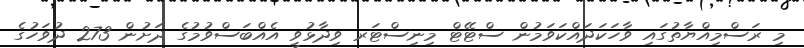
މި ރަސްމިއްޔާތުގައި ވާހަކަދައްކަވަމުން ސްޓޭޓް މިނިސްޓަރ ވިދާޅުވީ އެއްބަސްވުމުގެ ދަށުން 273 ދުވަހުގެ